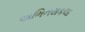
અભિનયકલા